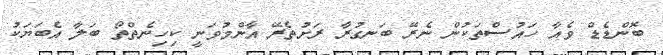
ބޮންޑެޑް ވެއާ ހައުސްތަކުން ނެރޭ ބަނގުރާ ރަށުތެރޭ އާންމުވަނީ ކިހިނެތްތޯ ބަލާ އެބަޔަކު